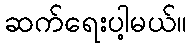
ဆက်ရေးပါ့မယ်။